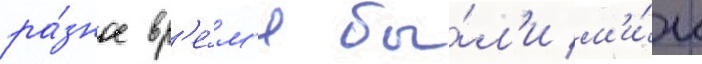
ра́зное вр'е́м'я бы́л'и м'и́к